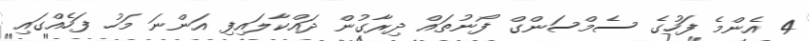
4 އެންމެ ފަހުގެ ސެމްސަންގް ފޯނުތައް ދިރާގުން ދައްކާލައިފި އަންނަ މަހު ފަހެއްގައި